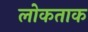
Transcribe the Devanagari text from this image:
लोकताक